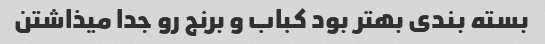
بسته بندی بهتر بود کباب و برنج رو جدا میذاشتن